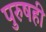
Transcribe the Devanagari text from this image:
पुरुषही